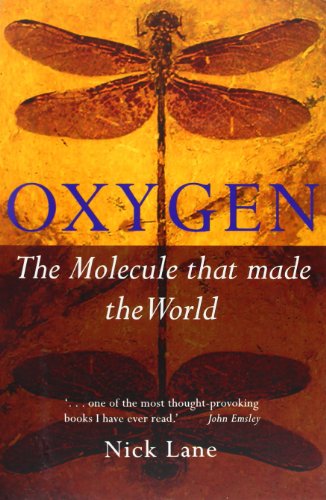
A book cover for Oxygen: The Molecule that Made the World (Popular Science); Nick Lane; Medical Books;